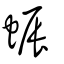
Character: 蜄